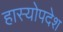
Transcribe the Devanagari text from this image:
हास्योपदेश